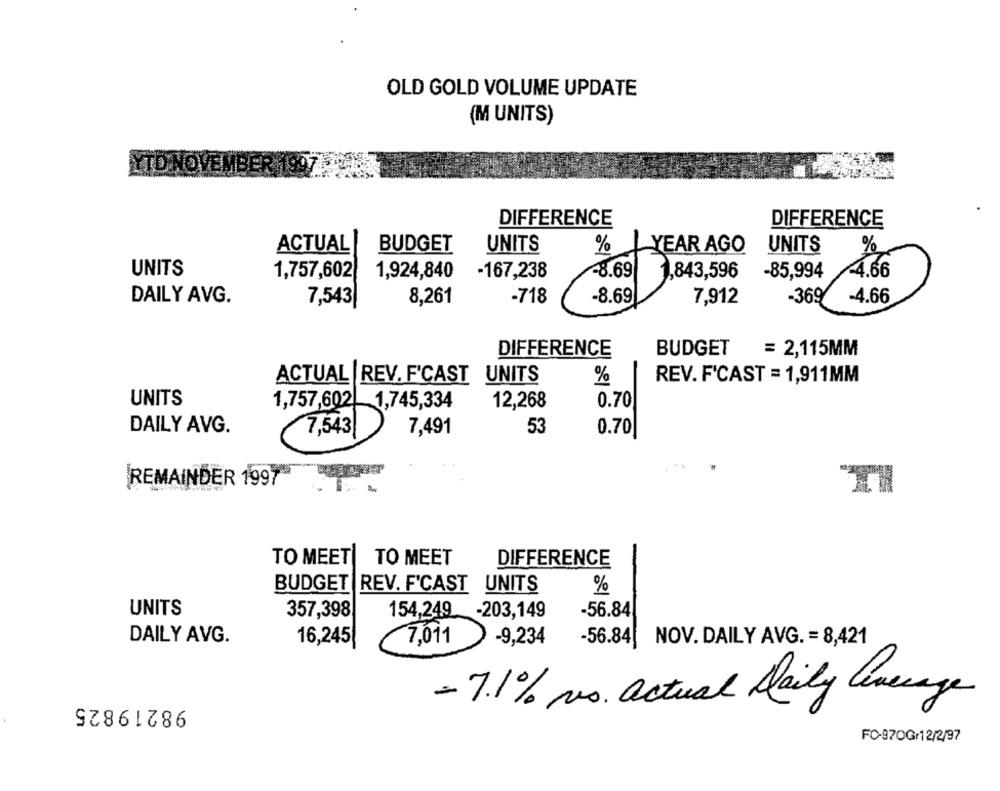
OLD GOLD VOLUME UPDATE
(M UNITS)
YTD NOVEMBER 1997
DIFFERENCE
DIFFERENCE
ACTUAL
BUDGET
UNITS
%
YEAR AGO
UNITS
%
UNITS
1,757,602
1,924,840
-167,238
-8.69
1,843,596
-85,994
4.66
DAILY AVG.
8,261
-718
-8.69
7,912
-369
-4.66
7,543
DIFFERENCE
BUDGET = 2,115MM
ACTUAL |REV. F'CAST UNITS
REV. F'CAST = 1,911MM
%
UNITS
0.70
1,757,602| 1,745,334
12,268
DAILY AVG.
7,543
7,491
53
0.70
REMAINDER 1997
TO MEET
TO MEET
DIFFERENCE
BUDGET |REV. F'CAST UNITS
%
UNITS
357,398
154,249 -203,149
-56.84
DAILY AVG.
16,245
7,011
-9,234
-56.84 NOV. DAILY AVG. = 8,421
98219825
- 7.1% pas. actual Daily leverage
FO-970Gr12/2/97